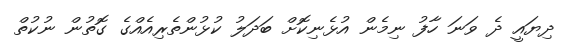
ދިޔައީ ދެ ވަނަ ހާފު ނިމެން އުޅެނިކޮށް ބަދަލު ކުޅުންތެރިއެއްގެ ގޮތުން ނުކުތް